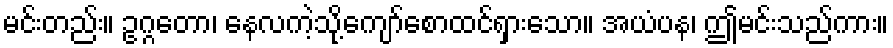
မင်းတည်း။ ဥဂ္ဂတော၊ နေလကဲ့သို့ကျော်စောထင်ရှားသော။ အယံပန၊ ဤမင်းသည်ကား။